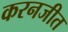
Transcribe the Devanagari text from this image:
करनजीत